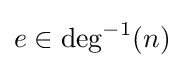
e\in \deg ^{-1}(n)